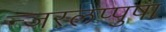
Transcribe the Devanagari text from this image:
न्जरलप्पुषा